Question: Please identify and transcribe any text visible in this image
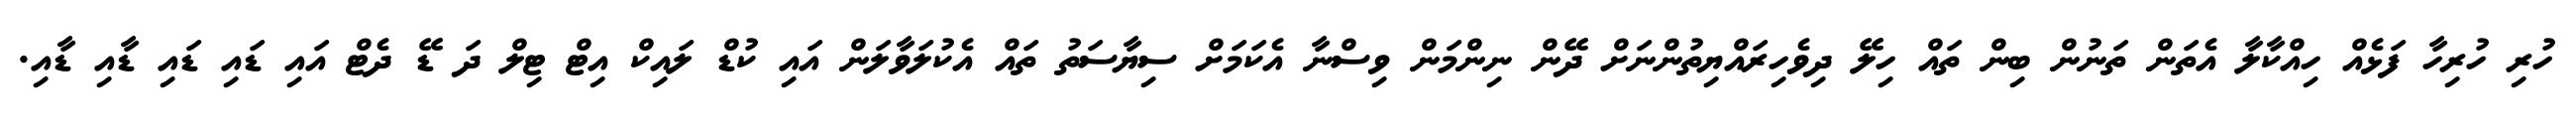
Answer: ހުރި ހުރިހާ ފަޅެއް ހިއްކާލާ އެތަން ތަނުން ބިން ތައް ހިލޭ ދިވެހިރައްޔިތުންނަށް ދޭން ނިންމަން ވިސްނާ އެކަމަށް ސިޔާސަތު ތައް އެކުލަވާލަން އައި ކުޑް ލައިކް އިޓް ޓިލް ދަ ޑޭ ދެޓް އައި ޑައި ޑައި ޑާއި ޑާއި.